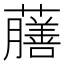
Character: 𧃇